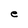
Character: e